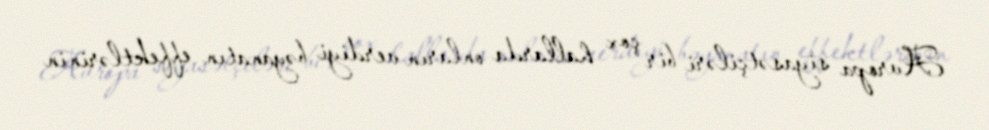
Avropa siyasətçiləri bir çox hallarda onların verdiyi bəyanatın effektlərinin